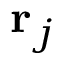
\mathbf { r } _ { j }